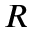
R